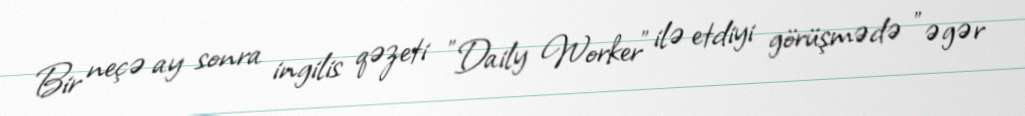
Bir neçə ay sonra ingilis qəzeti "Daily Worker" ilə etdiyi görüşmədə "əgər